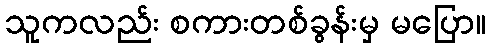
သူကလည်း စကားတစ်ခွန်းမှ မပြော။